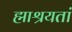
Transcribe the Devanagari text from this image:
ह्माश्रयतां